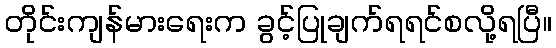
တိုင်းကျန်မားရေးက ခွင့်ပြုချက်ရရင်စလို့ရပြီ။